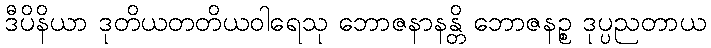
ဒီပိနိယာ ဒုတိယတတိယဝါရေသု ဘောဇနာနန္တိ ဘောဇနဉ္စ ဒုပ္ပညတာယ